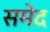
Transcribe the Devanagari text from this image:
समेद